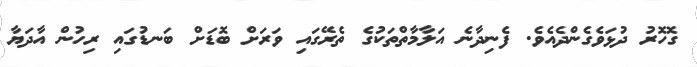
ގޮހޮރު ދުޅަވެގެންދެއެވެ. ފެނިދާނެ އަލާމާތްތަކުގެ ތެރޭގައި ވަރަށް ބޮޑަށް ބަނޑުގައި ރިހުން އާދަޔާ